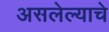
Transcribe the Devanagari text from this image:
असलेल्याचे